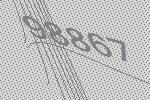
98867